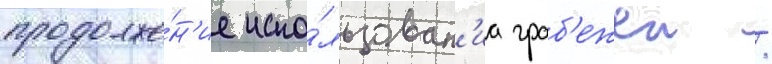
продолже́н'ие испо́льзован'иа граб'ежеи /